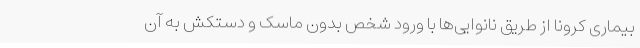
بیماری کرونا از طریق نانوایی‌ها با ورود شخص بدون ماسک و دستکش به آن